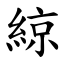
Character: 綡